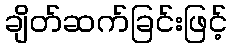
ချိတ်ဆက်ခြင်းဖြင့်